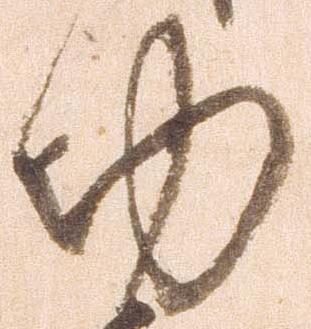
功